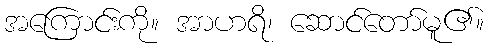
အကြောင်းကို။ အာဟရိ၊ ဆောင်တော်မူ၏။